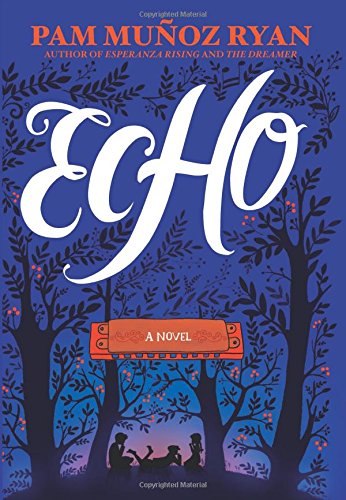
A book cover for Echo; Pam Munoz Ryan; Children's Books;